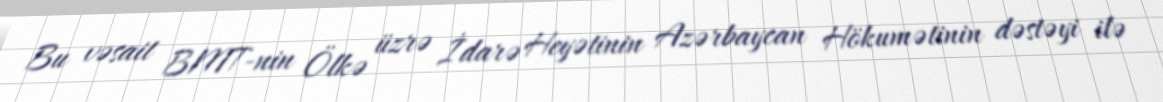
Bu vəsait BMT-nin Ölkə üzrə İdarə Heyətinin Azərbaycan Hökumətinin dəstəyi ilə